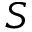
S